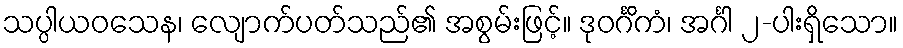
သပ္ပါယဝသေန၊ လျောက်ပတ်သည်၏ အစွမ်းဖြင့်။ ဒုဝင်္ဂိကံ၊ အင်္ဂါ ၂-ပါးရှိသော။